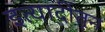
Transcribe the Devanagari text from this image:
इत्यादींतून